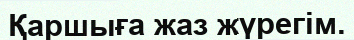
Қаршыға жаз жүрегім.